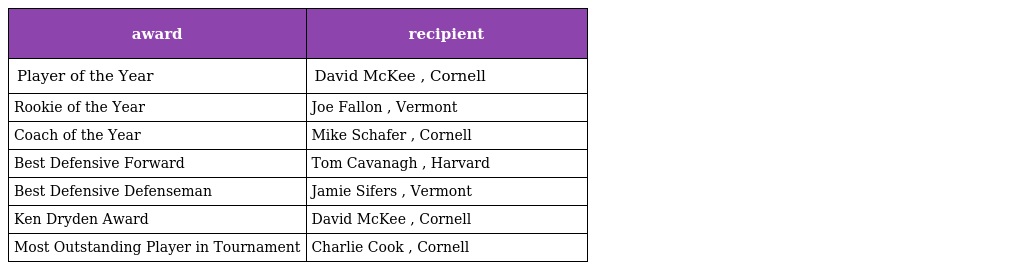
| award | recipient |
 | --- | --- |
 | Player of the Year | David McKee , Cornell |
 | Rookie of the Year | Joe Fallon , Vermont |
 | Coach of the Year | Mike Schafer , Cornell |
 | Best Defensive Forward | Tom Cavanagh , Harvard |
 | Best Defensive Defenseman | Jamie Sifers , Vermont |
 | Ken Dryden Award | David McKee , Cornell |
 | Most Outstanding Player in Tournament | Charlie Cook , Cornell |